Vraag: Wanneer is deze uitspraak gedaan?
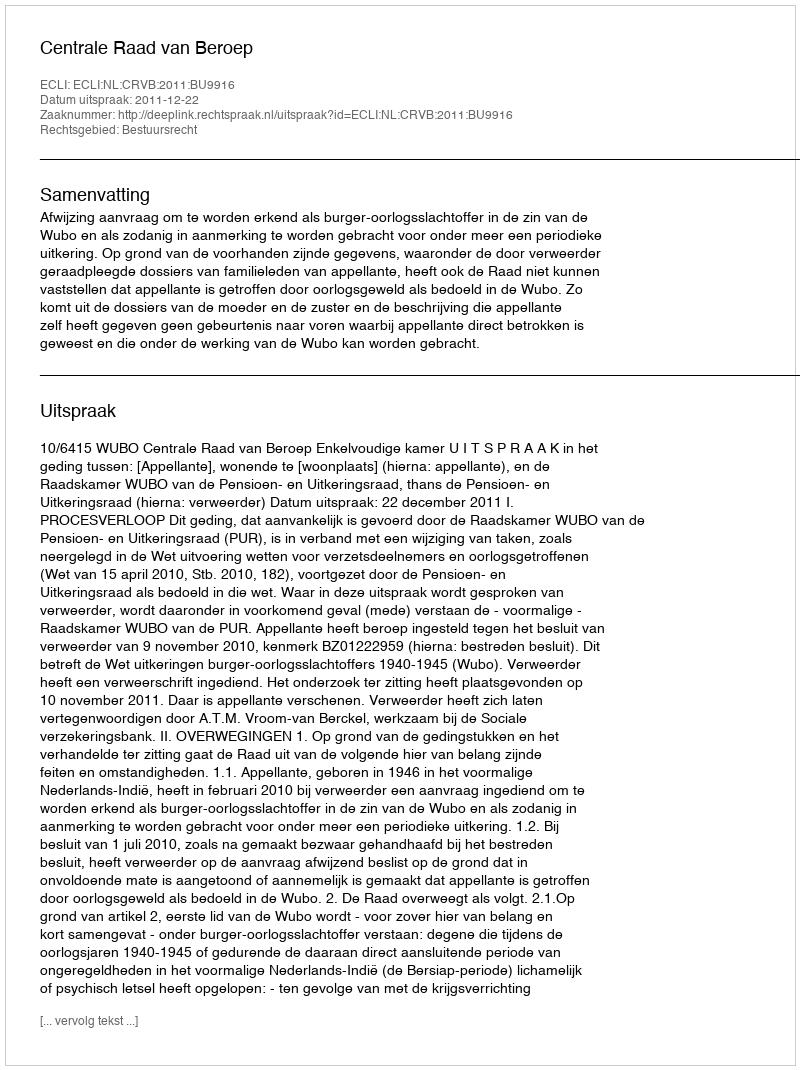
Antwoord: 2011-12-22